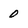
Character: 0